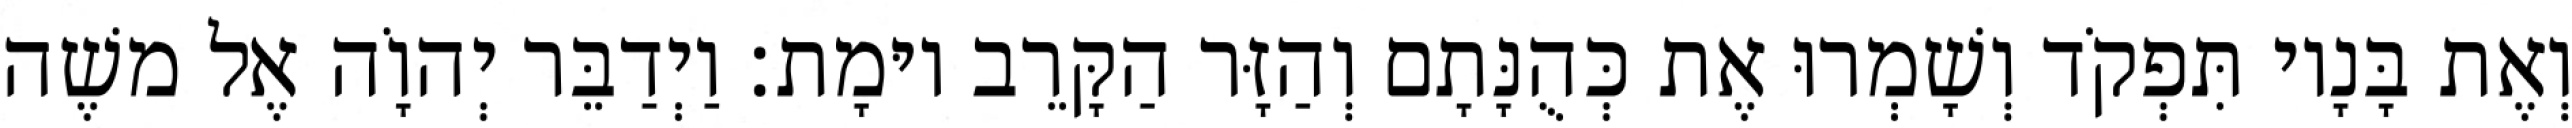
וְאֶת בָּנָיו תִּפְקֹד וְשָׁמְרוּ אֶת כְּהֻנָּתָם וְהַזָּר הַקָּרֵב יוּמָת׃ וַיְדַבֵּר יְהוָֹה אֶל משֶׁה